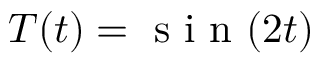
T ( t ) = \mathrm { ~ s ~ i ~ n ~ } ( 2 t )